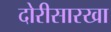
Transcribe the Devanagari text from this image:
दोरीसारखा